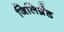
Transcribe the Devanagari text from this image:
जिलिब्रँड